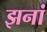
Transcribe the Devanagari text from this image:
झनां